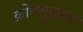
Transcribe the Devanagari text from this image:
क्रोधमुखश्च